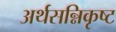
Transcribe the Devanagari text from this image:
अर्थसन्निकृष्ट